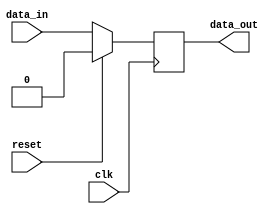
module timing_control_module (
    input wire clk,
    input wire reset,
    input wire data_in,
    output reg data_out
);

always @ (posedge clk) begin
    if (reset) begin
        data_out <= 1'b0;
    end else begin
        // Add logic for timing control here
        data_out <= data_in;
    end
end

endmodule